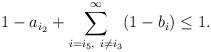
LaTeX: \begin{align*} 1-a_{i_2}+\sum_{i=i_5, ~ i\ne i_3}^\infty (1-b_i) \leq 1. \end{align*}